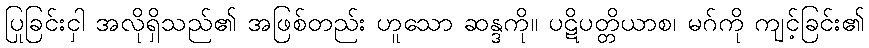
ပြုခြင်းငှါ အလိုရှိသည်၏ အဖြစ်တည်း ဟူသော ဆန္ဒကို။ ပဋိပတ္တိယာစ၊ မဂ်ကို ကျင့်ခြင်း၏